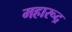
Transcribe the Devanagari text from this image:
महारूद्र